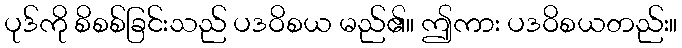
ပုဒ်ကို စိစစ်ခြင်းသည် ပဒဝိစယ မည်၏။ ဤကား ပဒဝိစယတည်း။